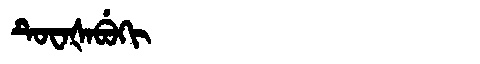
Manchu: ᡨᡠᠸᠠᡧᠠᠪᡠᡴᡳ
Romanization: TUWAŠABUKI